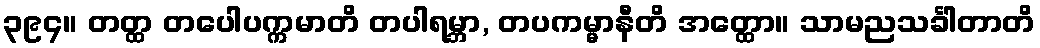
၃၉၄။ တတ္ထ တပေါပက္ကမာတိ တပါရမ္ဘာ, တပကမ္မာနီတိ အတ္ထော။ သာမညသင်္ခါတာတိ